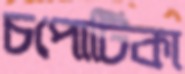
চপোটিকা